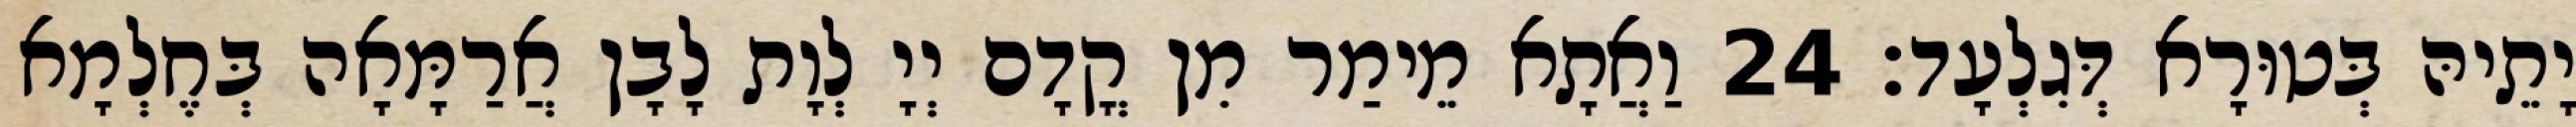
יָתֵיהּ בְּטוּרָא דְּגִלְעָד׃ 24 וַאֲתָא מֵימַר מִן קֳדָם יְיָ לְוָת לָבָן אֲרַמָּאָה בְּחֶלְמָא